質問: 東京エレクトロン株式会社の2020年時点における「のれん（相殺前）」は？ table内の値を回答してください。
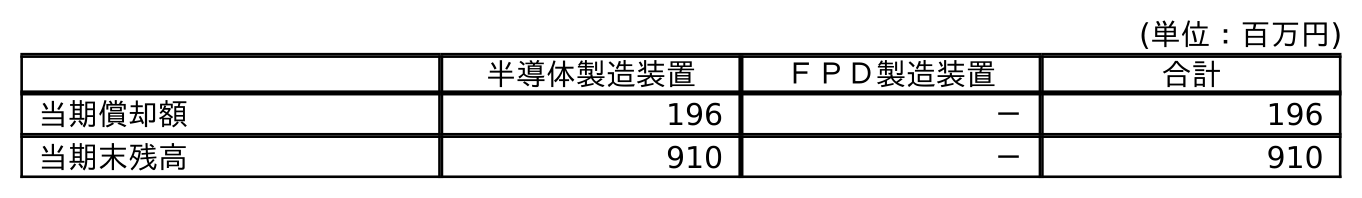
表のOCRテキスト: (単位：百万円) 半導体製造装置 ＦＰＤ製造装置 合計 当期償却額 196 － 196 当期末残高 910 － 910
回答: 910